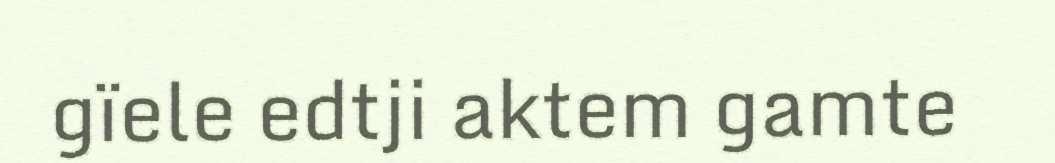
gïele edtji aktem gamte